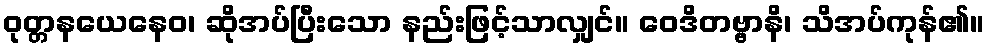
ဝုတ္တနယေနေဝ၊ ဆိုအပ်ပြီးသော နည်းဖြင့်သာလျှင်။ ဝေဒိတဗ္ဗာနိ၊ သိအပ်ကုန်၏။